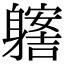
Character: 𨊊